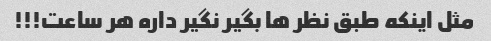
مثل اینکه طبق نظر ها بگیر نگیر داره هر ساعت!!!